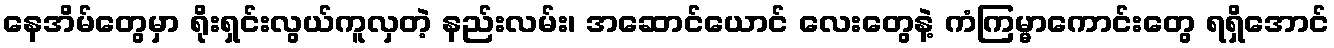
နေအိမ်တွေမှာ ရိုးရှင်းလွယ်ကူလှတဲ့ နည်းလမ်း၊ အဆောင်ယောင် လေးတွေနဲ့ ကံကြမ္မာကောင်းတွေ ရရှိအောင်